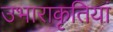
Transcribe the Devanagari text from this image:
उभाराकृतियां